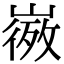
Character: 𭗒